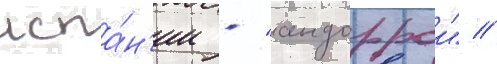
испа́н'ии - "андоррои" //